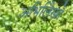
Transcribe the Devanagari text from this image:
अभिलिेखो